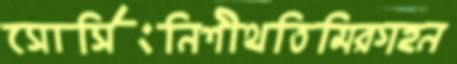
সোর্সিংনিশীথতিমিরগহন